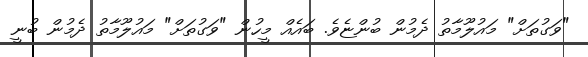
"ވަގުތަށް" މައުލޫމާތު ދެމުން ބުންޏެވެ. ބައެއް މީހުން "ވަގުތަށް" މައުލޫމާތު ދެމުން ބުނީ